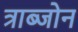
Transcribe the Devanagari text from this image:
त्राब्जोन